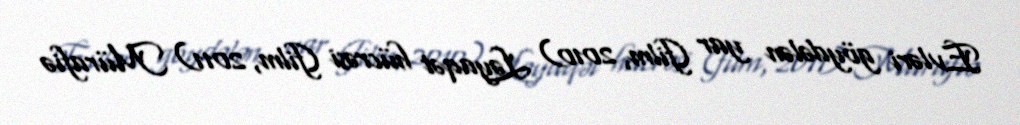
Evləri göydələn yar (film, 2010) Ləyaqət hücrəsi (film, 2011) Mürafiə